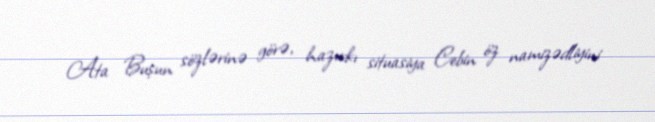
Ata Buşun sözlərinə görə, hazırkı situasiya Cebin öz namizədliyini